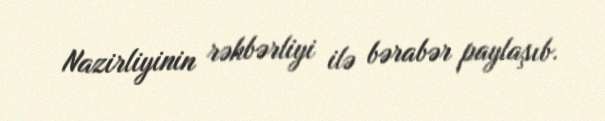
Nazirliyinin rəhbərliyi ilə bərabər paylaşıb.